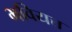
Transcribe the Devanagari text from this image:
भवियत्त